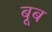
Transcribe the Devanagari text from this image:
बूब